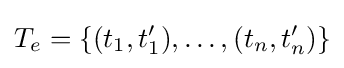
T_{e}=\{(t_{1},t_{1}'),\ldots ,(t_{n},t_{n}')\}